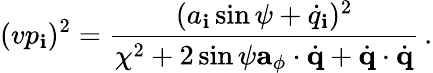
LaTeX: (vp_{\mathbf{i}})^{2}=\frac{{(a_{\mathbf{i}}\sin\psi+\dot{{q}}_{\mathbf{i}})^{2}}}{{\chi^{2}+2\sin\psi{\mathbf{a}}_{\phi}\cdot\dot{{\mathbf{q}}}+\dot{{\mathbf{q}}}\cdot\dot{{\mathbf{q}}}}}\, .